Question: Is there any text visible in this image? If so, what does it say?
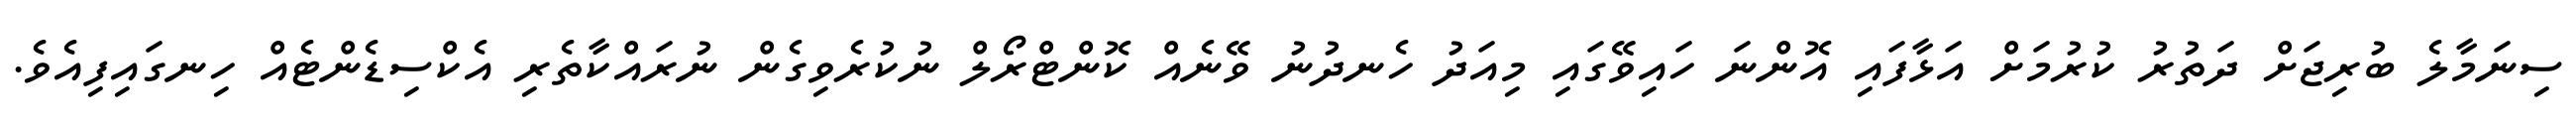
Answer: ސިނަމާލެ ބުރިޖަށް ދަތުރު ކުރުމަށް އަޅާފައި އޮންނަ ހައިވޭގައި މިއަދު ހެނދުނު ވޭނެއް ކޮންޓްރޯލް ނުކުރެވިގެން ނުރައްކާތެރި އެކްސިޑެންޓެއް ހިނގައިފިއެވެ.